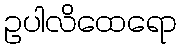
ဥပါလိထေရော